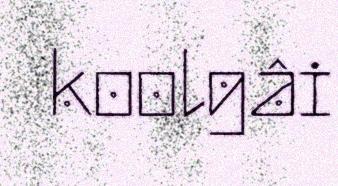
koolgâi